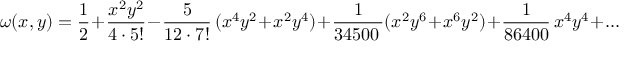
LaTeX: \omega ( x , y ) = \frac { 1 } { 2 } + \frac { x ^ { 2 } y ^ { 2 } } { 4 \cdot 5 ! } - \frac { 5 } { 1 2 \cdot 7 ! } \, ( x ^ { 4 } y ^ { 2 } + x ^ { 2 } y ^ { 4 } ) + \frac { 1 } { 3 4 5 0 0 \, } ( x ^ { 2 } y ^ { 6 } + x ^ { 6 } y ^ { 2 } ) + \frac { 1 } { 8 6 4 0 0 } \, x ^ { 4 } y ^ { 4 } + \ldots